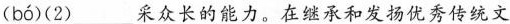
( bó )(2)___采众长的能力。在继承和发扬优秀传统文